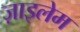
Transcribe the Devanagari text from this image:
ज़ाइलेम